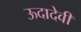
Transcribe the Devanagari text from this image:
ऊदादेवी